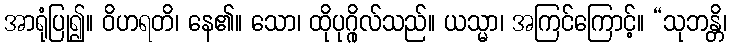
အာရုံပြု၍။ ဝိဟရတိ၊ နေ၏။ သော၊ ထိုပုဂ္ဂိုလ်သည်။ ယသ္မာ၊ အကြင်ကြောင့်။ “သုဘန္တိ၊